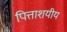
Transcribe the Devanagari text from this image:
पित्ताशयीय